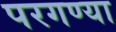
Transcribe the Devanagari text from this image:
परगण्या